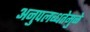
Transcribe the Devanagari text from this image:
अनुपलब्धतेमुळे